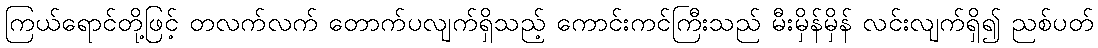
ကြယ်ရောင်တို့ဖြင့် တလက်လက် တောက်ပလျက်ရှိသည့် ကောင်းကင်ကြီးသည် မီးမှိန်မှိန် လင်းလျက်ရှိ၍ ညစ်ပတ်